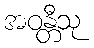
အဝန္တီသု